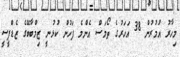
މިހާރު އުމުރުން 38 އަހަރުގެ ތޯމަސް އެންމެ ފަހުން ކުޅުނީ ޒިމްބާބޭގެ ޒެޑްޕީސީ